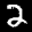
Label: 2